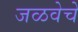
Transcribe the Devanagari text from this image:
जळवेचे